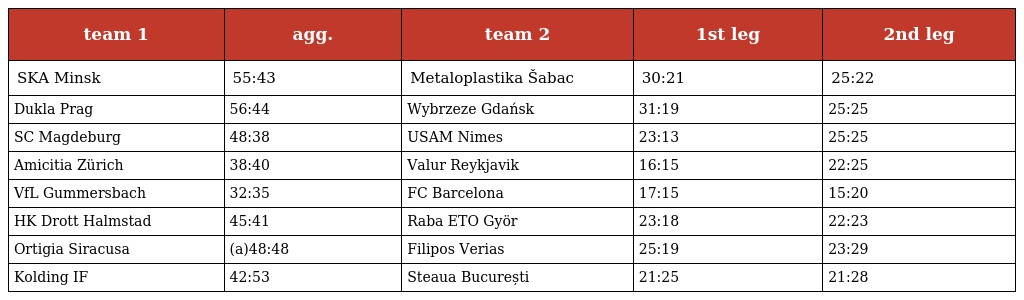
| team 1 | agg. | team 2 | 1st leg | 2nd leg |
 | --- | --- | --- | --- | --- |
 | SKA Minsk | 55:43 | Metaloplastika Šabac | 30:21 | 25:22 |
 | Dukla Prag | 56:44 | Wybrzeze Gdańsk | 31:19 | 25:25 |
 | SC Magdeburg | 48:38 | USAM Nimes | 23:13 | 25:25 |
 | Amicitia Zürich | 38:40 | Valur Reykjavik | 16:15 | 22:25 |
 | VfL Gummersbach | 32:35 | FC Barcelona | 17:15 | 15:20 |
 | HK Drott Halmstad | 45:41 | Raba ETO Györ | 23:18 | 22:23 |
 | Ortigia Siracusa | (a)48:48 | Filipos Verias | 25:19 | 23:29 |
 | Kolding IF | 42:53 | Steaua București | 21:25 | 21:28 |